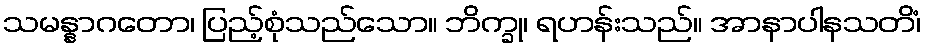
သမန္နာဂတော၊ ပြည့်စုံသည်သော။ ဘိက္ခု၊ ရဟန်းသည်။ အာနာပါနသတိံ၊